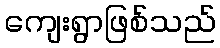
ကျေးရွာဖြစ်သည်